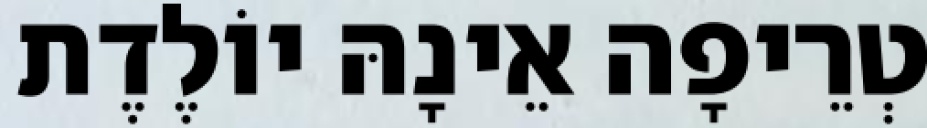
טְרֵיפָה אֵינָהּ יוֹלֶדֶת